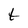
Character: t